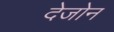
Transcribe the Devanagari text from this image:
देजोन